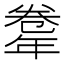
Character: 𢆤